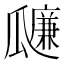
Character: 𤬚